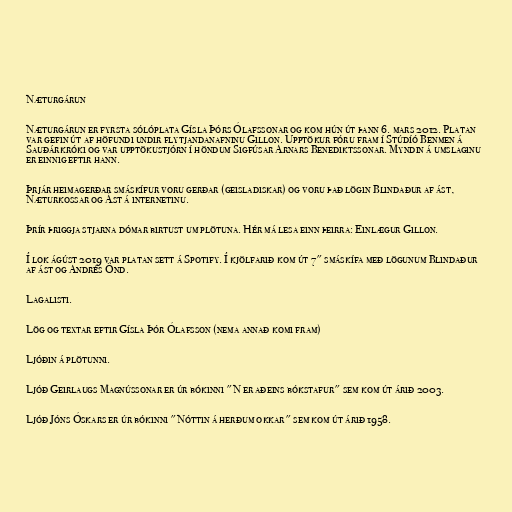
Næturgárun

Næturgárun er fyrsta sólóplata Gísla Þórs Ólafssonar og kom hún út þann 6. mars 2012. Platan
var gefin út af höfundi undir flytjandanafninu Gillon. Upptökur fóru fram í Stúdíó Benmen á
Sauðárkróki og var upptökustjórn í höndum Sigfúsar Arnars Benediktssonar. Myndin á umslaginu
er einnig eftir hann.

Þrjár heimagerðar smáskífur voru gerðar (geisladiskar) og voru það lögin Blindaður af ást,
Næturkossar og Ást á internetinu.

Þrír þriggja stjarna dómar birtust um plötuna. Hér má lesa einn þeirra: Einlægur Gillon.

Í lok ágúst 2019 var platan sett á Spotify. Í kjölfarið kom út 7" smáskífa með lögunum Blindaður
af ást og Andrés Önd.

Lagalisti.

Lög og textar eftir Gísla Þór Ólafsson (nema annað komi fram)

Ljóðin á plötunni.

Ljóð Geirlaugs Magnússonar er úr bókinni "N er aðeins bókstafur" sem kom út árið 2003.

Ljóð Jóns Óskars er úr bókinni "Nóttin á herðum okkar" sem kom út árið 1958.